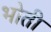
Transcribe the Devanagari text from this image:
भोती